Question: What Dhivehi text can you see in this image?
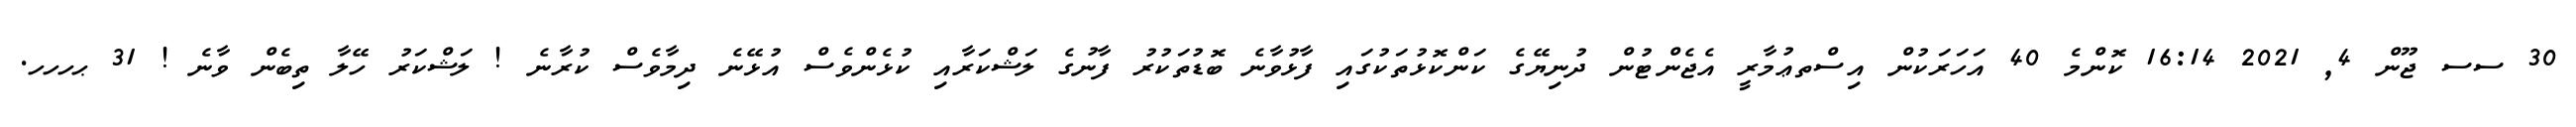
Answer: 30 ސސ ޖޫން 4, 2021 16:14 ކޮންމެ 40 އަހަރަކުން އިސްތޢުމާރީ އެޖެންޓުން ދުނިޔޭގެ ކަންކޮޅުތަކުގައި ފާޅުވާނެ ބޮޑުތަކުރު ފާނުގެ ލަޝްކަރާއި ކުޅެންވެސް އުޅޭނެ ދިމާވެސް ކުރާނެ ! ލަޝްކަރު ހޭލާ ތިބެން ވާނެ ! 31 ޙހހހ.